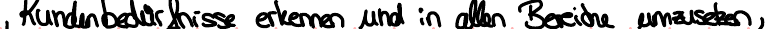
Kundenbedürfnisse erkennen und in allen Bereichen umzusetzen,